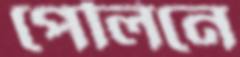
পেলিনে